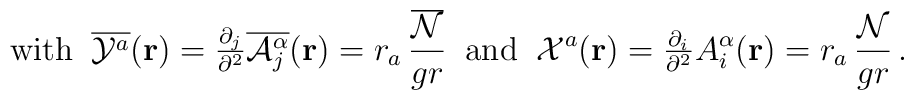
\mbox{with}\;\;\overline{{\cal{Y}}^a}({\bf{r}})={\textstyle \frac{\partial_{j}}{\partial^{2}}\overline{{\cal A}_{j}^{\alpha}}({\bf r})}=r_{a}\,\frac{\overline{\cal{N}}}{gr}\;\;\mbox{and}\;\;{\cal{X}}^a({\bf{r}})={\textstyle\frac{\partial_i}{\partial^2}}A_i^\alpha({\bf{r}})=r_{a}\,\frac{\cal{N}}{gr}\,.